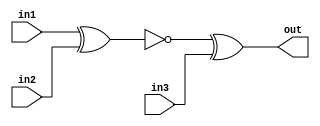
// https://hdlbits.01xz.net/wiki/Exams/m2014_q4g

module top_module (
    input in1,
    input in2,
    input in3,
    output out);

    assign out = ~(in1 ^ in2) ^ in3;
endmodule